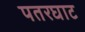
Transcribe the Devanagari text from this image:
पतरघाट